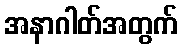
အနာဂါတ်အတွက်